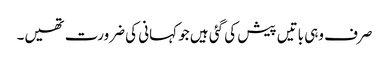
صرف وہی باتیں پیش کی گئی ہیں جو کہانی کی ضرورت تھیں۔